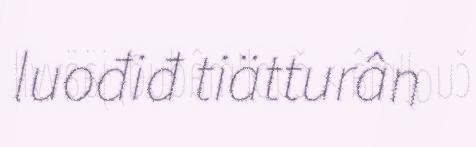
luođiđ tiätturân